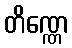
တိဏ္ဏေ